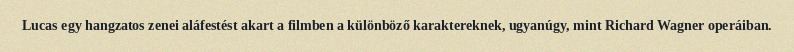
Lucas egy hangzatos zenei aláfestést akart a filmben a különböző karaktereknek, ugyanúgy, mint Richard Wagner operáiban.